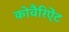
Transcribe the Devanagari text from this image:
कोवैरिऐंट